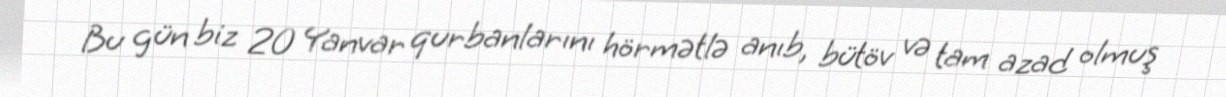
Bu gün biz 20 Yanvar qurbanlarını hörmətlə anıb, bütöv və tam azad olmuş